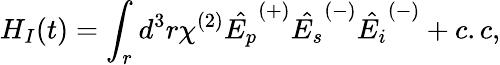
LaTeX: H_{I}(t)=\int_{r}d^{3}r\chi^{(2)}\hat{E_{p}}^{(+)}\hat{E_{s}}^{(-)}\hat{E_{i}}^{(-)}+c.c,